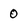
Character: 0